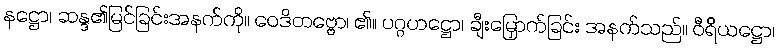
နဋ္ဌော၊ ဆန္ဒ၏မြင်ခြင်းအနက်ကို။ ဝေဒိတဗ္ဗော၊ ၏။ ပဂ္ဂဟဋ္ဌော၊ ချီးမြှောက်ခြင်း အနက်သည်။ ဝီရိယဋ္ဌော၊